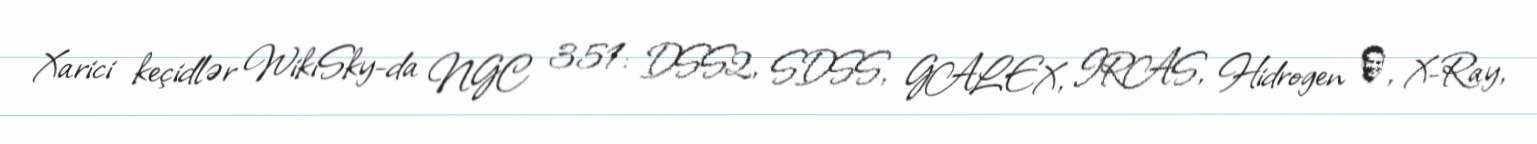
Xarici keçidlər WikiSky-da NGC 351: DSS2, SDSS, GALEX, IRAS, Hidrogen α, X-Ray,